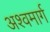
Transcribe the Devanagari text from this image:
अश्वमार्ग